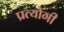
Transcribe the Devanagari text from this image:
प्रत्योगी